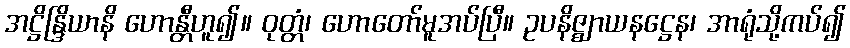
အဋ္ဌိန္ဒြိယာနိ ဟောန္တီဟူ၍။ ဝုတ္တံ၊ ဟောတော်မူအပ်ပြီ။ ဥပနိဇ္ဈာယနဋ္ဌေန၊ အာရုံသို့ကပ်၍